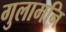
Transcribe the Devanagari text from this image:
गुलामनि